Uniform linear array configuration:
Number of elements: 8
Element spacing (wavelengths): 0.75
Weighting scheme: binomial
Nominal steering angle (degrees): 30
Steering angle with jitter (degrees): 29.028
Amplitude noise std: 0.05
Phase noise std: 0.05

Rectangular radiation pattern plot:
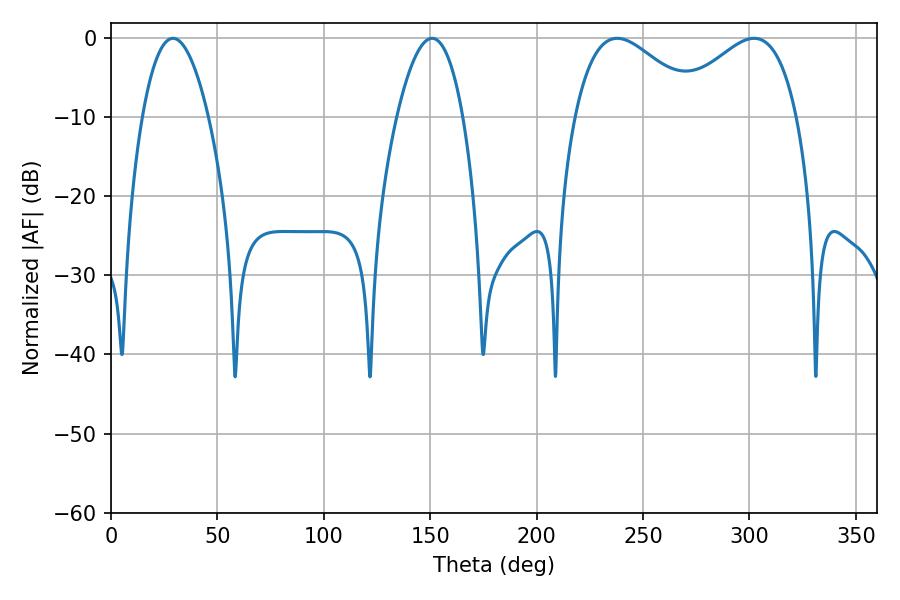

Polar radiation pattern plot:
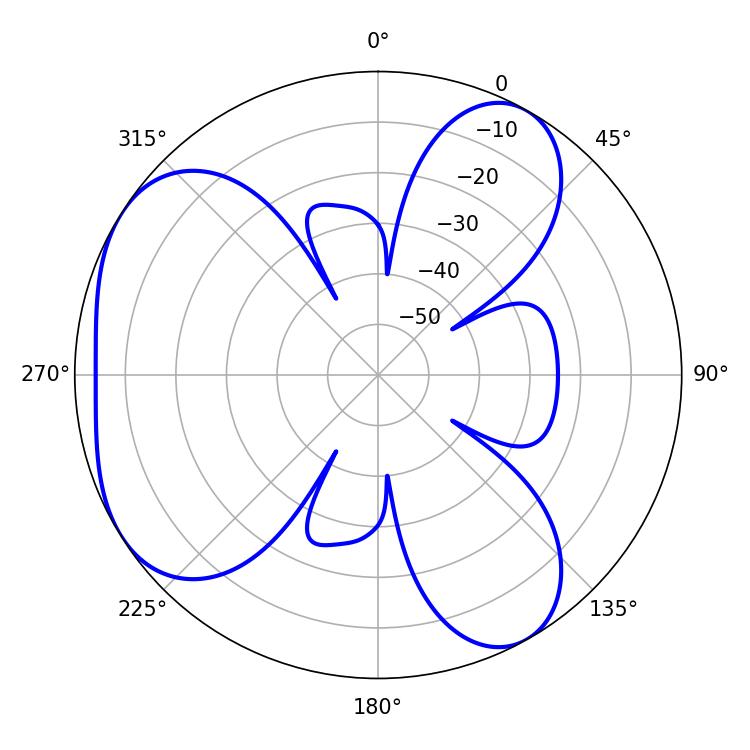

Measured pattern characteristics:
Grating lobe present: TRUE
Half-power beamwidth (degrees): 17.1
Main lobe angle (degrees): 29.16